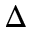
\Delta